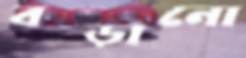
বড়ানো